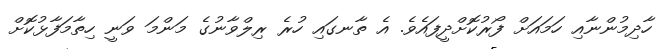
ހާދިމުންނާއި ހަމައަށް ފޯރުކޮށްދީފައެވެ. އެ ތާނގައި ހުރެ ރިލްވާނުގެ މަންމަ ވަނީ ހިތާމަފާޅުކޮށް